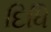
દિધિ